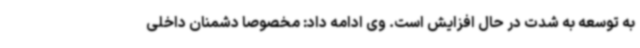
به توسعه به شدت در حال افزایش است. وی ادامه داد: مخصوصاً دشمنان داخلی